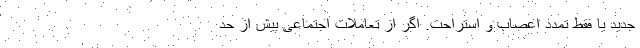
جدید یا فقط تمدد اعصاب و استراحت. اگر از تعاملات اجتماعیِ بیش از حد